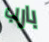
بارب